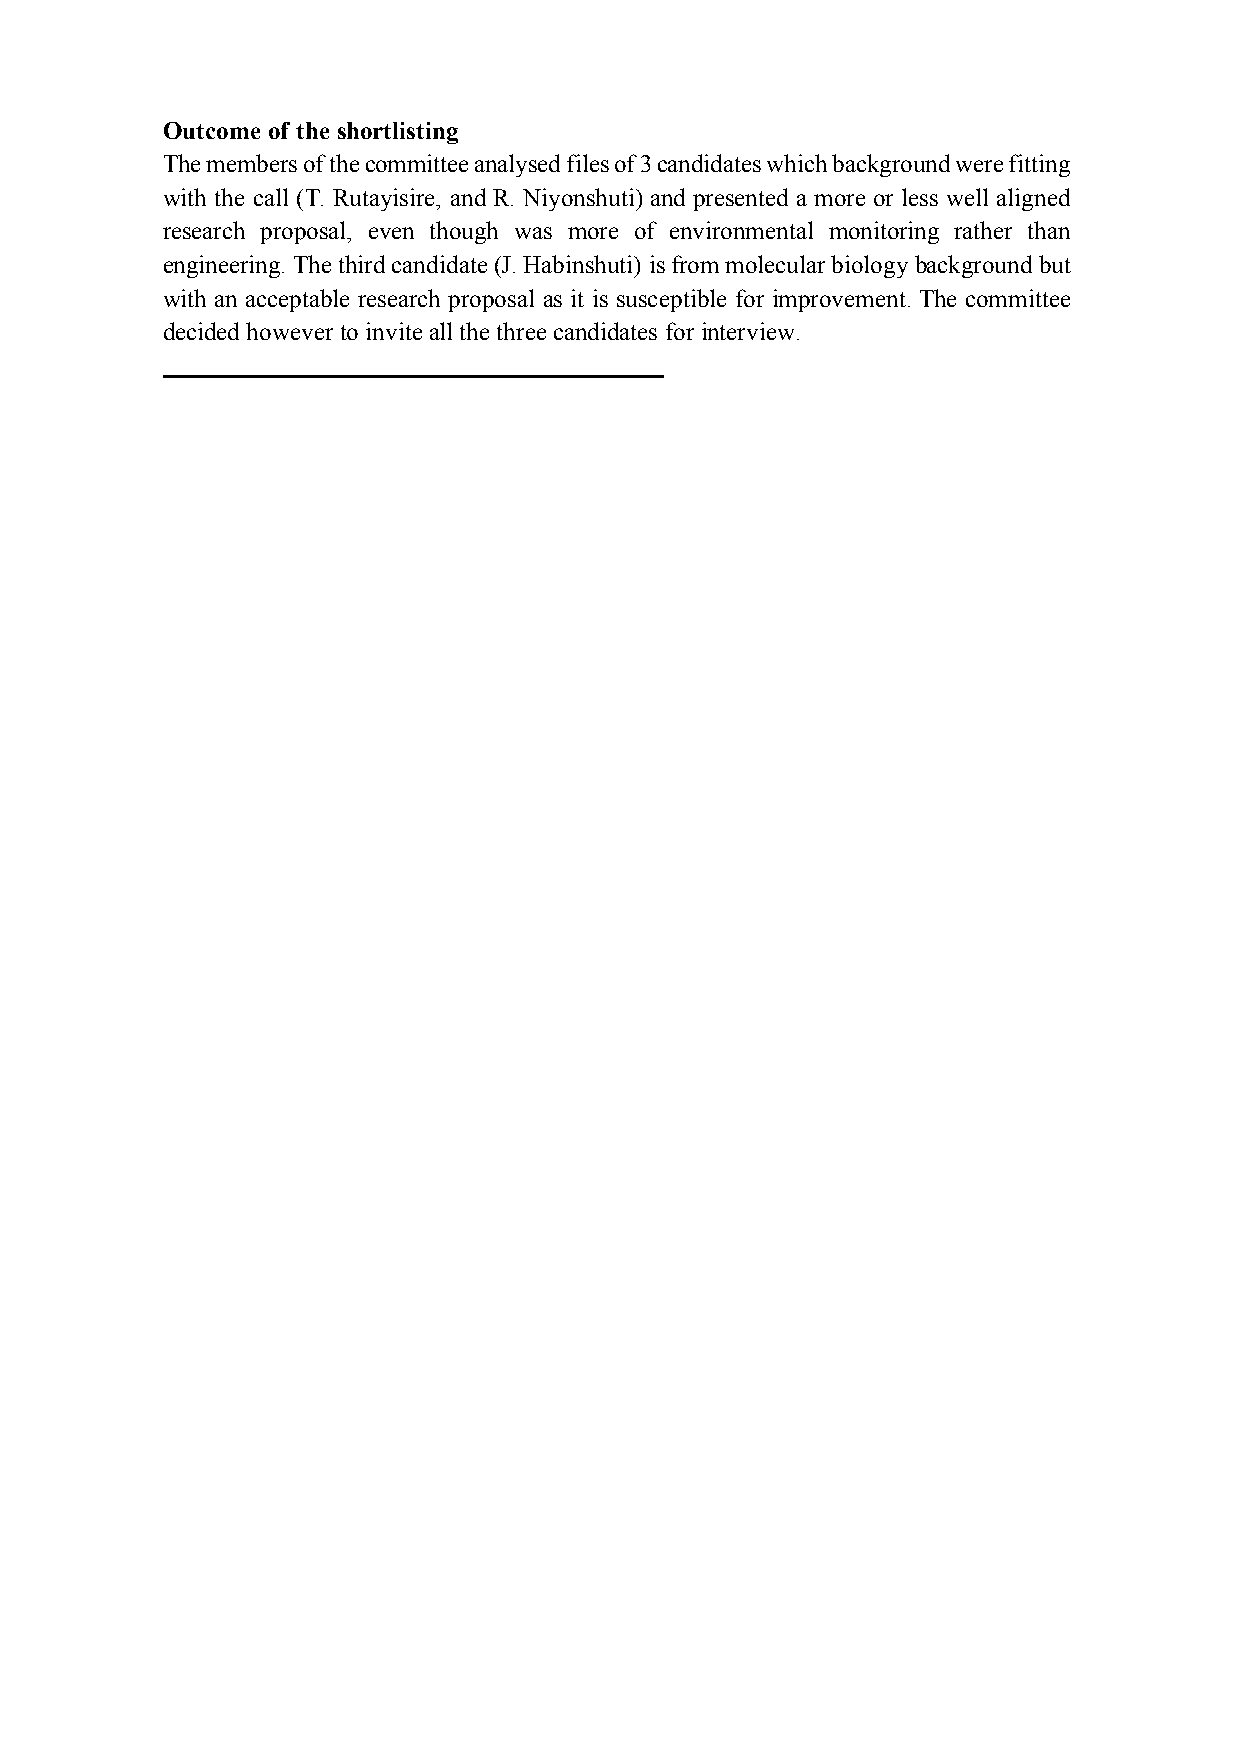
Outcome of the shortlisting
 The members of the committee analysed files of 3 candidates which background were fitting
 with the call (T. Rutayisire, and R. Niyonshuti) and presented a more or less well aligned
 research proposal, even though was more of environmental monitoring rather than
 engineering. The third candidate (J. Habinshuti) is from molecular biology background but
 with an acceptable research proposal as it is susceptible for improvement. The committee
 decided however to invite all the three candidates for interview.
 ________________________________________